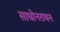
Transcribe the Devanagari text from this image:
साधोनरायन